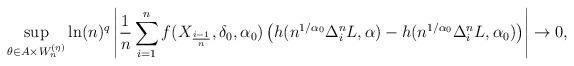
LaTeX: \begin{align*} \sup_{\theta \in A \times W_n^{(\eta)} } \ln(n)^q \left| \frac{1}{n}\sum_{i=1}^n f(X_{\frac{i-1}{n}}, \delta_0, \alpha_0) \left( h(n^{1/ \alpha_0} \Delta_i^n L,\alpha) - h(n^{1/ \alpha_0} \Delta_i^n L, \alpha_0) \right) \right| \to 0,\end{align*}